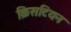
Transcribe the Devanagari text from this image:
क्रिसटियन